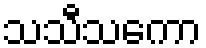
သသီသကော